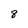
Character: 8